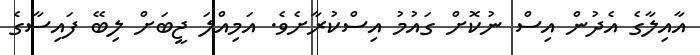
އާއިލާގެ އެދުން އިސް ނުކޮށް ގައުމު އިސްކުރާށެވެ. އަމިއްލަ ޖީބަށް ލިބޭ ފައިސާގެ